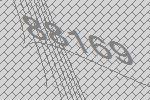
88169